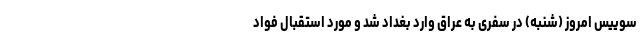
سوییس امروز (شنبه) در سفری به عراق وارد بغداد شد و مورد استقبال فواد